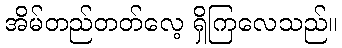
အိမ်တည်တတ်လေ့ ရှိကြလေသည်။